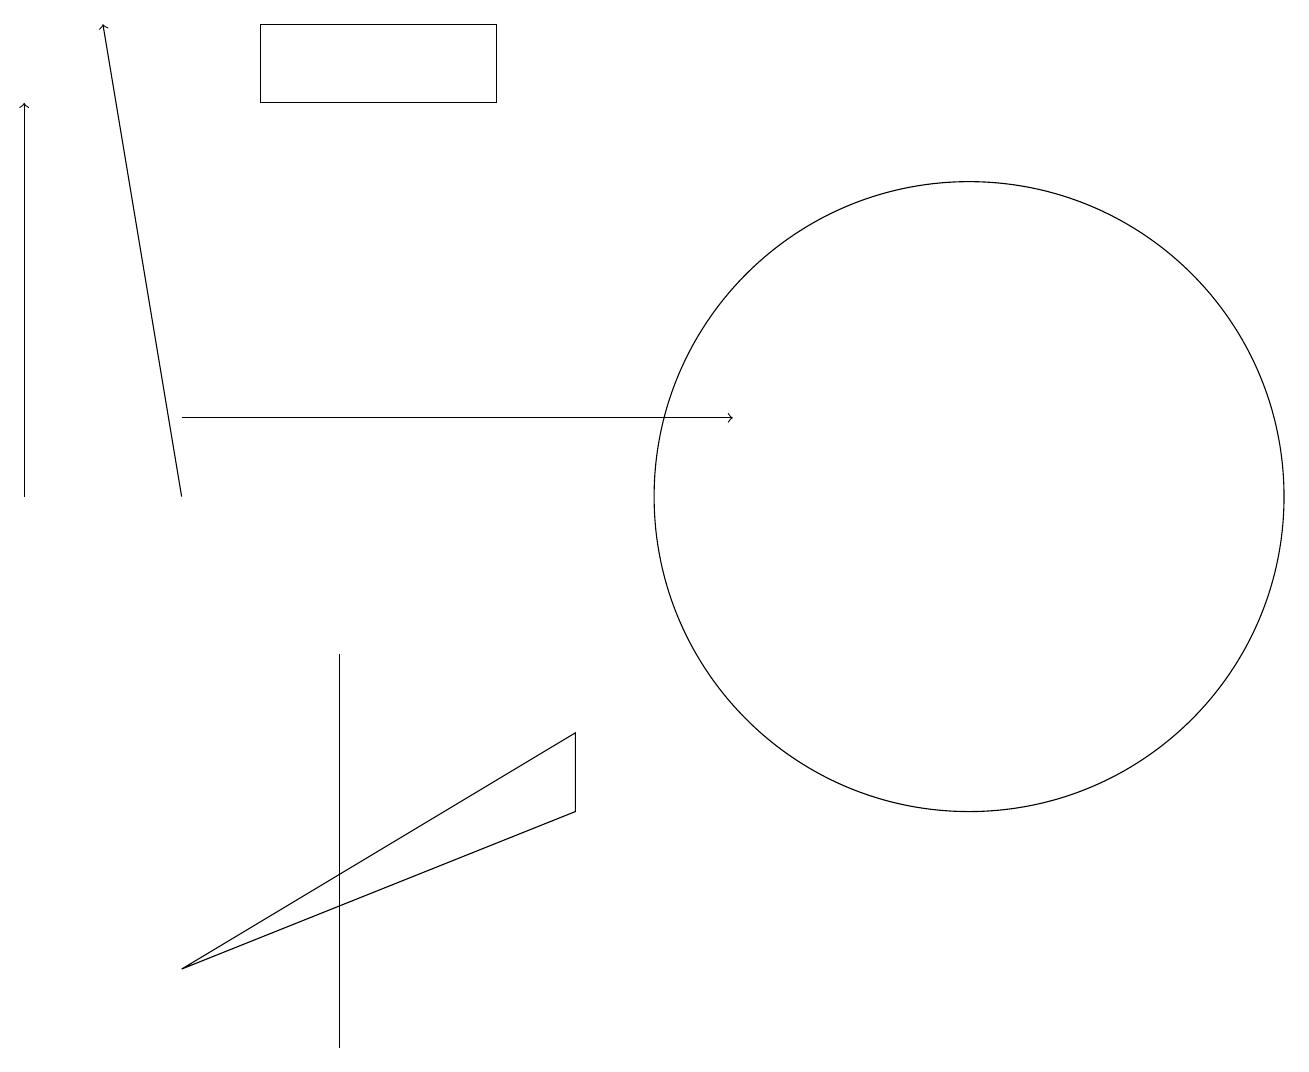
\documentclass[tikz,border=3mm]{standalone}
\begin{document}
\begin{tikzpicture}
\draw[->] (2,12) -- (9,12);
\draw (12,11) circle (4);
\draw (6,16) rectangle (3,17);
\draw (2,5) -- (7,7) -- (7,8) -- cycle;
\draw[->] (2,11) -- (1,17);
\draw (4,9) -- (4,8) -- (4,4) -- cycle;
\draw[->] (0,11) -- (0,16);
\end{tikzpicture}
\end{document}